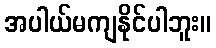
အပါယ်မကျနိုင်ပါဘူး။